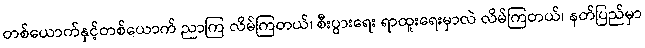
တစ်ယောက်နှင့်တစ်ယောက် ညာကြ လိမ်ကြတယ်၊ စီးပွားရေး ရာထူးရေးမှာလဲ လိမ်ကြတယ်၊ နတ်ပြည်မှာ